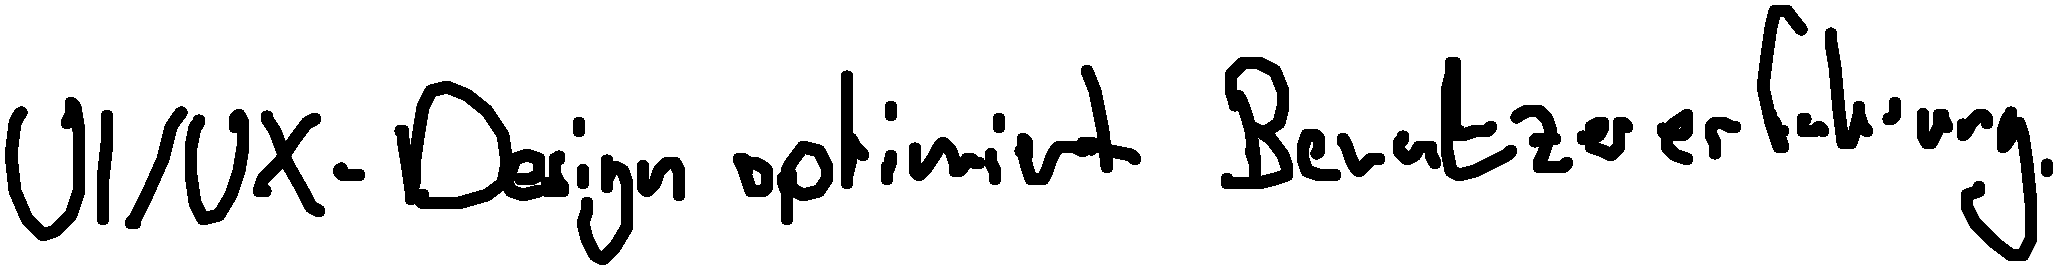
UI/UX-Design optimiert Benutzererfahrung.